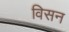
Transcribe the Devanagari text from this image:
विसन